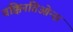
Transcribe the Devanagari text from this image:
वक्किनतिओन्स